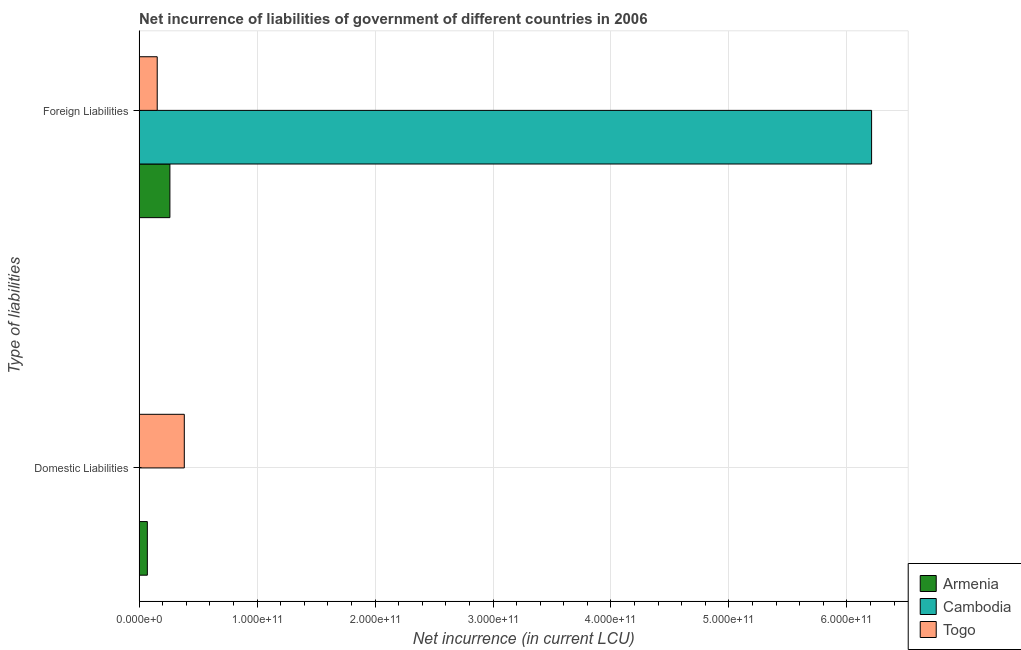
| Type of liabilities | Armenia | Cambodia | Togo |
 | --- | --- | --- | --- |
 | Domestic Liabilities | 6.98e+09 | -7.97e+10 | 3.83e+10 |
 | Foreign Liabilities | 2.61e+10 | 6.21e+11 | 1.54e+10 |